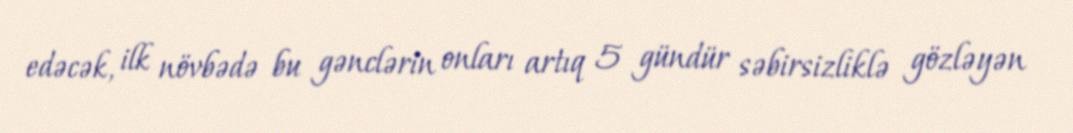
edəcək, ilk növbədə bu gənclərin onları artıq 5 gündür səbirsizliklə gözləyən